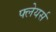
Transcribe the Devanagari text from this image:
फ्लेयर्स